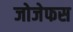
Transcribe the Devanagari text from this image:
जोजेफस